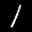
Label: 1